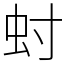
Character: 䖞